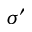
\sigma ^ { \prime }